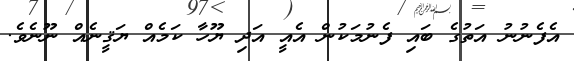
އެފެނުނު އަތުގެ ބައި ފެނުމަކުން އެއީ އަދި ޔޫހާ ކަމެއް ޔަޤީނެއް ނޫނެވެ.